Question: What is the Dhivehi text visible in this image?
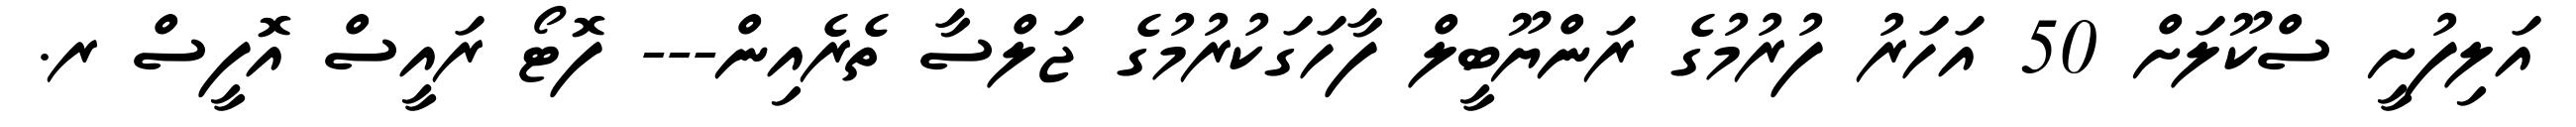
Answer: އަލިފުށީ ސްކޫލަށް 50 އަހަރު ފުރުމުގެ ރަންޔޫބީލް ފާހަގަކުރުމުގެ ޖަލްސާ ތެރެއިން--- ފޮޓޯ ރައީސް އޮފީސް ރ.